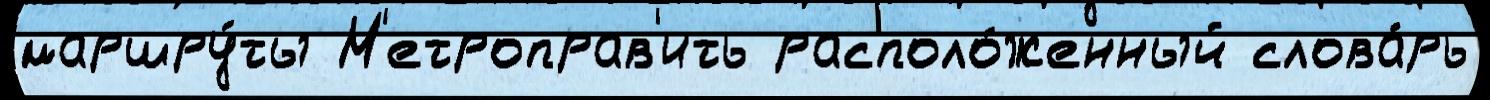
маршру́ты М'етроправ'ить располо́женный слова́рь